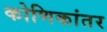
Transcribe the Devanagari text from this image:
कोणिकांतर